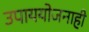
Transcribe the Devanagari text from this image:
उपाययोजनाही